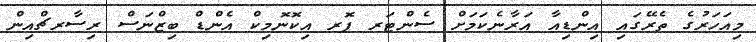
މިއަހަރުގެ ތެރޭގައި އިންޑިއާ އަރާނެކަމަށް ސެންޓަރ ފޮރ އިކޮނޮމިކް އެންޑް ބިޒްނަސް ރިސާރޗްއިން